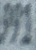
991